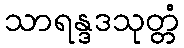
သာရန္ဒဒသုတ္တံ